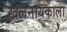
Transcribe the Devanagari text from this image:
खलनायकाला